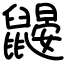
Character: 鼹